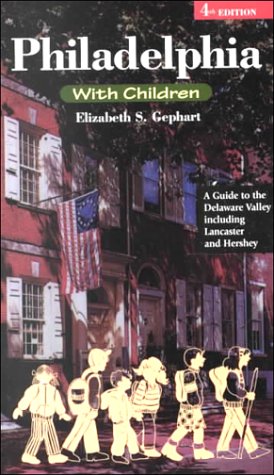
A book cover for Philadelphia With Children: A Guide to the Delaware Valley Including Lancaster and Hershey; Elizabeth S. Gephart; Travel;